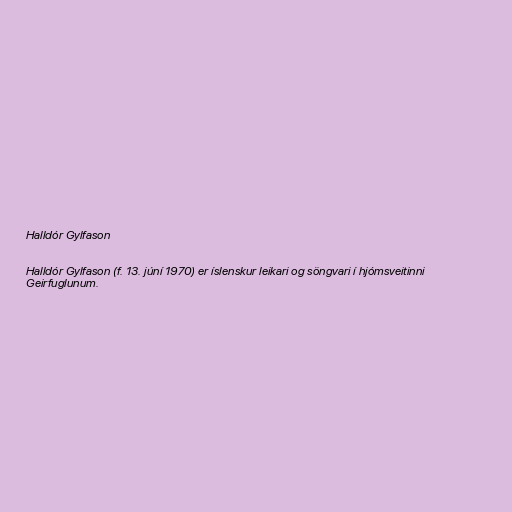
Halldór Gylfason

Halldór Gylfason (f. 13. júní 1970) er íslenskur leikari og söngvari í hjómsveitinni
Geirfuglunum.